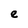
Character: e